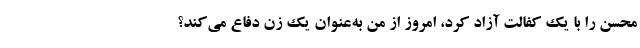
محسن را با یک کفالت آزاد کرد،‌ امروز از من به‌عنوان یک زن دفاع می‌کند؟